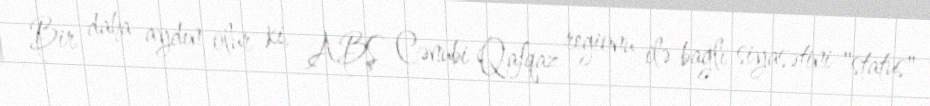
Bir daha aydın olur ki, ABŞ Cənubi Qafqaz regionu ilə bağlı siyasətini "status"